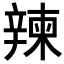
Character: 𨐤